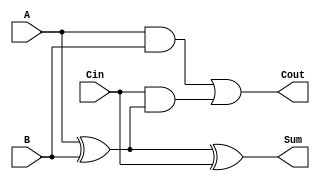
module FullAdder (
    input wire A,     // First input bit
    input wire B,     // Second input bit
    input wire Cin,   // Carry input
    output wire Sum,  // Sum output bit
    output wire Cout  // Carry output bit
);

// Internal wire declarations
wire AB;        // A AND B
wire A_XOR_B;  // A XOR B

// Compute the intermediate values
assign A_XOR_B = A ^ B;          // A XOR B
assign Sum = A_XOR_B ^ Cin;      // Sum = A XOR B XOR Cin
assign AB = A & B;                // A AND B
assign Cout = AB | (Cin & A_XOR_B); // Cout = (A AND B) OR (Cin AND (A XOR B))

endmodule